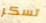
تسكر